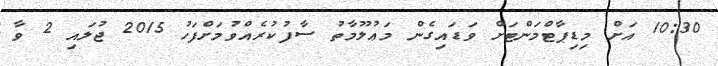
10:30 އަށް މިޑިޕާޓްމަންޓަށް ވަޑައިގެން މަޢުލޫމާތު ސާފުކުރެއްވުމަށްފަހު 2015 ޖުލައި 2 ވާ